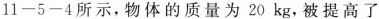
11-5-4所示，物体的质量为20kg，被提高了